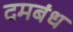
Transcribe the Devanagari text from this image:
दमबंध